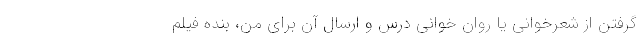
گرفتن از شعرخوانی یا روان خوانی درس و ارسال آن برای من، بنده فیلم